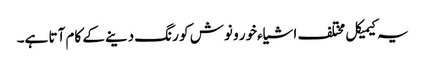
یہ کیمیکل مختلف اشیاءخور و نوش کو رنگ دینے کے کام آتا ہے۔